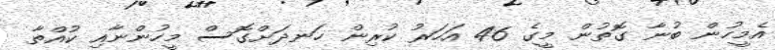
އެމީހުން ބުނާ ގޮތުން މީގެ 46 އަހަރު ކުރިން ހަނދަށްގޮސް މީހުންނާއި ކުއްތާ